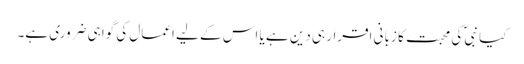
کیا نبیؐ کی محبت کا زبانی اقرار ہی دین ہے یا اس کے لیے اعمال کی گواہی ضروری ہے۔